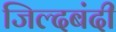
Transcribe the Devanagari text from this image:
जिल्दबंदी